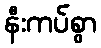
နီးကပ်စွာ